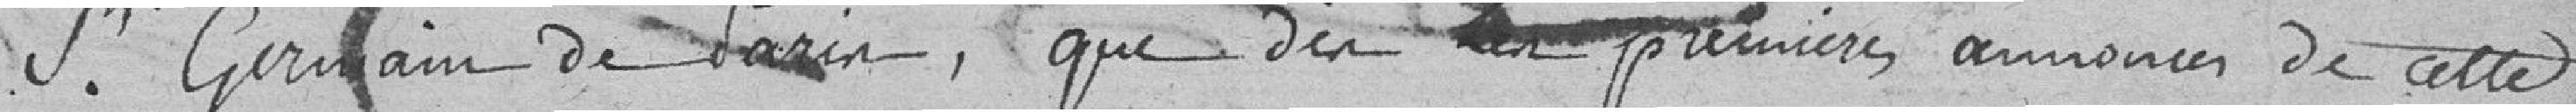
St Germain de Paris, que dès les premières annonces de cette